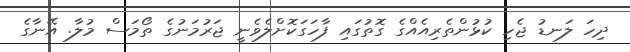
ދިހަ ލަނޑު ޖެހި ކުޅުންތެރިއެއްގެ ގޮތުގައި ފާހަގަކޮށްލެވެނީ ޖަރުމަނުގެ ތޯމަސް މުލާ. އޭނާގެ